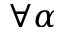
\forall \alpha